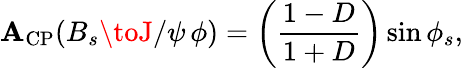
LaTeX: \mathbf{A}_{\mathrm{{CP}}}(B_{s}\toJ/\psi\, \phi)=\left(\frac{{1-D}}{{1+D}}\right)\sin\phi_{s},